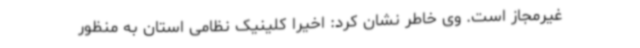
غیرمجاز است. وی خاطر نشان کرد: اخیرا کلینیک نظامی استان به منظور